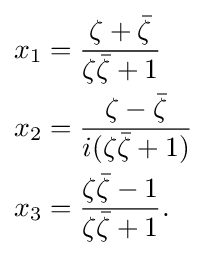
{\begin{aligned}x_{1}&={\frac {\zeta +{\bar {\zeta }}}{\zeta {\bar {\zeta }}+1}}\\x_{2}&={\frac {\zeta -{\bar {\zeta }}}{i(\zeta {\bar {\zeta }}+1)}}\\x_{3}&={\frac {\zeta {\bar {\zeta }}-1}{\zeta {\bar {\zeta }}+1}}.\end{aligned}}